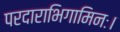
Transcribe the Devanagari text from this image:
परदाराभिगामिनः।